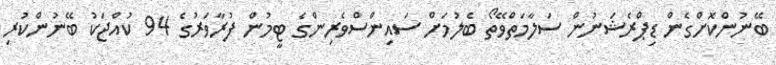
ބޭނުންކޮށްގެން ޑިޕްރެޝަނުން ސަލާމަތްވޭތޯ ބެލުމަށް ސައިންސްވެރިންގެ ޓީމުން ފުރާވަރުގެ 94 ކުއްޖަކު ބޭނުންކުރި